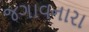
જગાવનારા